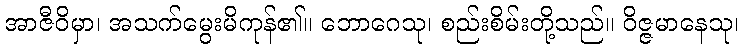
အာဇီဝိမှာ၊ အသက်မွေးမိကုန်၏။ ဘောဂေသု၊ စည်းစိမ်းတို့သည်။ ဝိဇ္ဇမာနေသု၊